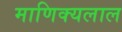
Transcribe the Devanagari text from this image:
माणिक्यलाल